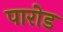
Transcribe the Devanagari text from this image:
पारोड